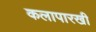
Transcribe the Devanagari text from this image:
कलापारखी